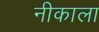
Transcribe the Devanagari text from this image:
नीकाला